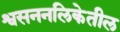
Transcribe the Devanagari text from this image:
श्वसननलिकेतील